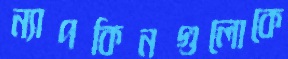
ন্যাপকিনগুলোকে